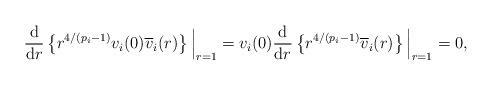
LaTeX: \begin{align*}\frac{\mathrm{d}}{\mathrm{d}r}\left\{ r^{4/(p_i-1)}v_i(0)\overline v_i(r)\right\}\Big|_{r=1}=v_i(0)\frac{\mathrm{d}}{\mathrm{d}r}\left\{ r^{4/(p_i-1)}\overline v_i(r)\right\} \Big|_{r=1}=0,\end{align*}